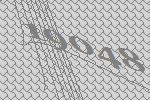
19048